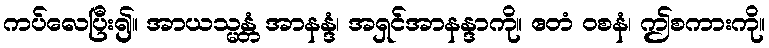
ကပ်လေပြီး၍။ အာယသ္မန္တံ အာနန္ဒံ၊ အရှင်အာနန္ဒာကို။ ဧတံ ဝစနံ၊ ဤစကားကို။